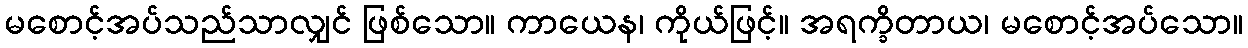
မစောင့်အပ်သည်သာလျှင် ဖြစ်သော။ ကာယေန၊ ကိုယ်ဖြင့်။ အရက္ခိတာယ၊ မစောင့်အပ်သော။